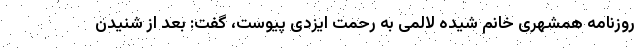
روزنامه همشهری خانم شیده لالمی به رحمت ایزدی پیوست، گفت: بعد از شنیدن